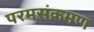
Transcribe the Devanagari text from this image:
परमसंक्रमण